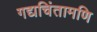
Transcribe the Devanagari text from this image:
गद्यचिंतामणि